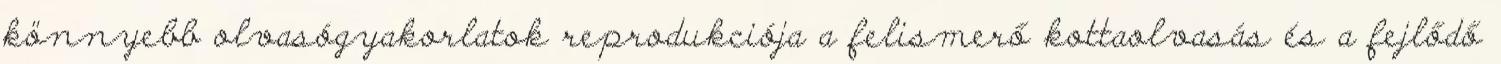
könnyebb olvasógyakorlatok reprodukciója a felismerő kottaolvasás és a fejlődő